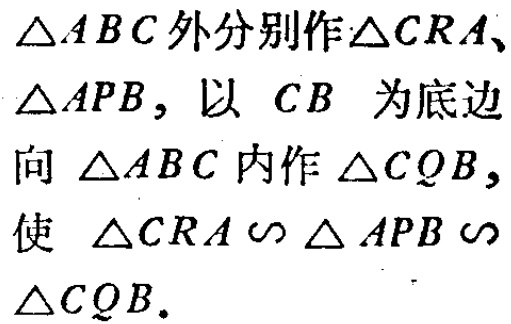
在\(\triangle ABC\)外分别作\(\triangle CRA\)、\(\triangle APB\)，以 \(CB\) 为底边向 \(\triangle ABC\) 内作\(\triangle CQB\)，使 \(\triangle CRA\sim \triangle APB\sim\triangle CQB\)。